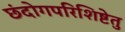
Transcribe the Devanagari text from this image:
छंदोगपरिशिष्टेतु